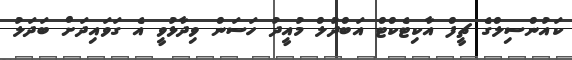
ކައުންސިލްގެ ޗީފް އާކިޓެކްޓް އަބްދުލް މުއީދު ހަސަން ވިދާޅުވީ އެ ގަވައިދަށް ބަދަލު